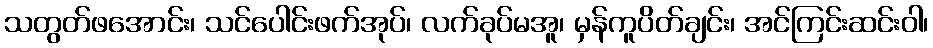
သတွတ်ဖအောင်း၊ သင်ပေါင်းဖက်အုပ်၊ လက်ခုပ်မအူ၊ မှန်ကူပိတ်ချင်း၊ အင်ကြင်းဆင်းဝါ၊